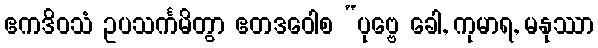
ဧကဒိဝသံ ဥပသင်္ကမိတွာ ဧတဒဝေါစ “ပုဗ္ဗေ ခေါ, ကုမာရ, မနုဿာ